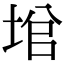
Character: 𡌙